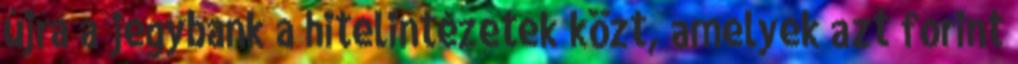
újra a jegybank a hitelintézetek közt, amelyek azt forint